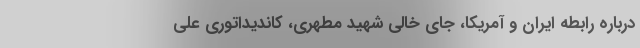
درباره رابطه ایران و آمریکا، جای خالی شهید مطهری، کاندیداتوری علی